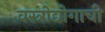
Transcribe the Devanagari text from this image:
वस्त्रोद्योगाची